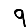
Digit: 9